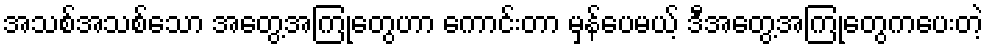
အသစ်အသစ်သော အတွေ့အကြုံတွေဟာ ကောင်းတာ မှန်ပေမယ့် ဒီအတွေ့အကြုံတွေကပေးတဲ့